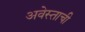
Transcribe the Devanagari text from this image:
अवेस्ताची